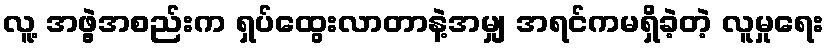
လူ့ အဖွဲ့အစည်းက ရှပ်ထွေးလာတာနဲ့အမျှ အရင်ကမရှိခဲ့တဲ့ လူမှုရေး